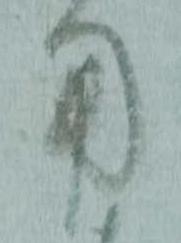
用